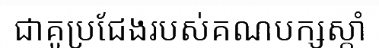
ជាគូប្រជែងរបស់គណបក្សស្តាំ